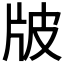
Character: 𤖷